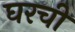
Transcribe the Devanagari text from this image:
घरचीं